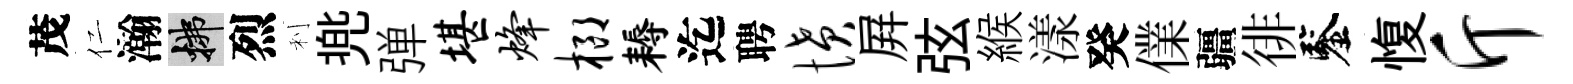
茂仁瀚拂烈利兠弹堪烽榔耨迄聘愤屛弦緱漾癸㒒疆徘鑒愎斤